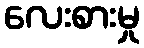
လေးစားမှု